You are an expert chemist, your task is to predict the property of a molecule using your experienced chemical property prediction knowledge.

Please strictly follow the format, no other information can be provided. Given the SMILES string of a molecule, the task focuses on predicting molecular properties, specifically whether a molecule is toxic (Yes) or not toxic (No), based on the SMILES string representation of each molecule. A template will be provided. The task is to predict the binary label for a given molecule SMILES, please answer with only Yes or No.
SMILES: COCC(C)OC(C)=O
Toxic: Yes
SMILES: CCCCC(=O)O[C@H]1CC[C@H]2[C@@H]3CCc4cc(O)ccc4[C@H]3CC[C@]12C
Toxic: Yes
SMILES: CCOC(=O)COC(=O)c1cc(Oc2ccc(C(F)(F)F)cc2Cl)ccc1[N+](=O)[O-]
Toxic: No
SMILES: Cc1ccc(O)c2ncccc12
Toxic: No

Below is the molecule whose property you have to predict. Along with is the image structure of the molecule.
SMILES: COc1cc2nc(N(C)CCCNC(=O)C3CCCO3)nc(N)c2cc1OC
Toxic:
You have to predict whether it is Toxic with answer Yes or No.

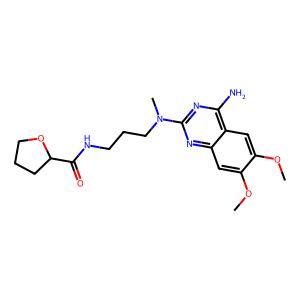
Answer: No